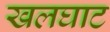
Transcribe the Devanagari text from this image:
खलघाट